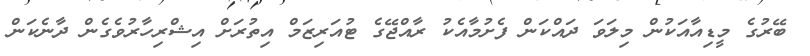
ބޭރުގެ މީޑިއާއަކުން މިލަވަ ދައްކަން ފެށުމާއެކު ރާއްޖޭގެ ޓުއަރިޒަމް އިތުރަށް އިޝްރިހާރުވެގެން ދާނެކަން